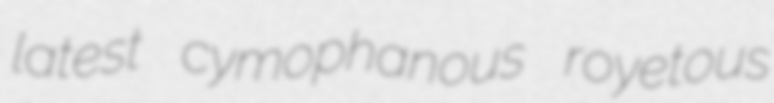
latest cymophanous royetous